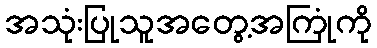
အသုံးပြုသူအတွေ့အကြုံကို